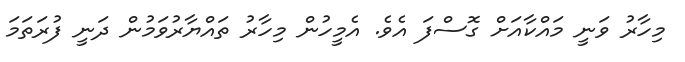
މިހާރު ވަނީ މައްކާއަށް ގޮސްފަ އެވެ. އެމީހުން މިހާރު ތައްޔާރުވަމުން ދަނީ ފުރަތަމަ